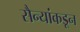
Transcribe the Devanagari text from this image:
सैन्यांकडून